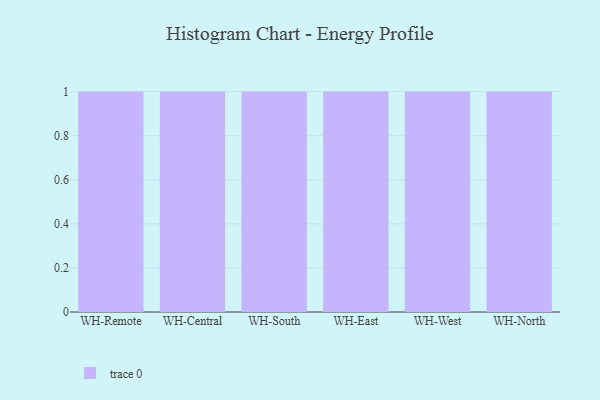
{"axis": {"x": "Warehouse", "y": "Operating Costs (USD K)"}, "legend": [""], "data": [{"x": "WH-Remote", "y": 57, "type": ""}, {"x": "WH-Central", "y": 55, "type": ""}, {"x": "WH-South", "y": 42, "type": ""}, {"x": "WH-East", "y": 90, "type": ""}, {"x": "WH-West", "y": 52, "type": ""}, {"x": "WH-North", "y": 24, "type": ""}]}